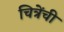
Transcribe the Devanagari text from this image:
चित्रेंची